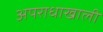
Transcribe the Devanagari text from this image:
अपराधाखाली